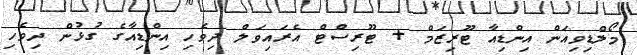
މޯލްޑިވިއަން އިންޑިއާ ޓޫރިޒަމް + ޓޫރިސްޓް އެރައިވަލް ދިވެހި އިންޑިއާގެ ގުޅުން ދިވެހި